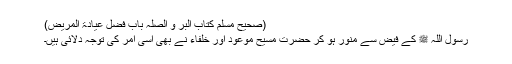
(صحیح مسلم کتاب البر و الصلہ باب فضل عیادۃ المریض)
رسول اللہ ﷺ کے فیض سے منور ہو کر حضرت مسیح موعود اور خلفاء نے بھی اسی امر کی توجہ دلائی ہیں۔